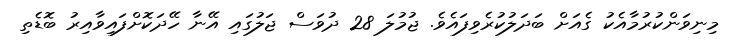
މިނިވަންކުރުމާއެކު ގެއަށް ބަދަލުކުރެވިފައެވެ. ޖުމުލަ 28 ދުވަސް ޖަލުގައި އޭނާ ހޭދަކޮށްފައިވާއިރު ބޮޑެތި